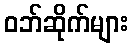
ဝဘ်ဆိုက်များ